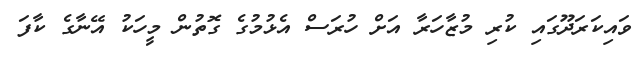
ވައިކަރަދޫގައި ކުރި މުޒާހަރާ އަށް ހުރަސް އެޅުމުގެ ގޮތުން މީހަކު އޭނާގެ ކާފަ